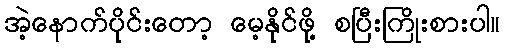
အဲ့နောက်ပိုင်းတော့ မေ့နိုင်ဖို့ စပြီးကြိုးစားပါ။